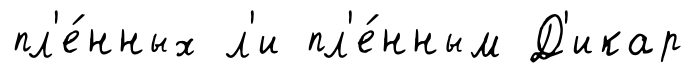
пл'е́нных л'и пл'е́нным Д'икар